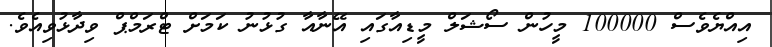
އިއްޔެވެސް 100000 މީހުން ސޯޝަލް މީޑިއާގައި އޭނާއާ ގުޅުނު ކަމަށް ޓްރަމްޕް ވިދާޅުވިއެވެ.